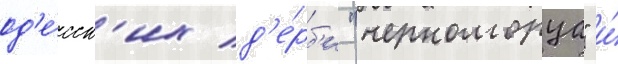
од'е́сск'их д'е́рб'и "черноморца" и́